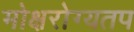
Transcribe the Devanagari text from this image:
मोक्षरोग्यतप